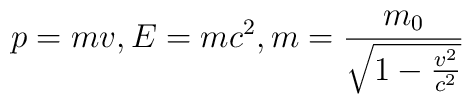
p=mv,   E=m c^{2},   m=\frac{m_{0}} {\sqrt{1-\frac{v^{2}} {c^{2}}}}